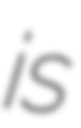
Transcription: is